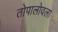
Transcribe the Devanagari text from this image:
तोपालोवला